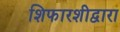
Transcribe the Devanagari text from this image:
शिफारशीद्वारा